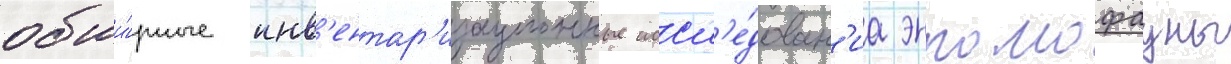
обши́рные инв'ентар'изационные иссл'е́дован'иа энтомофауны